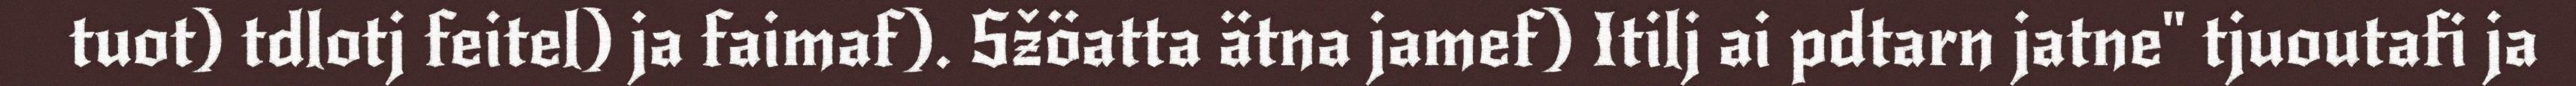
tuot) tdlotj feitel) ja faimaf). Sžöatta ätna jamef) Itilj ai pdtarn jatne" tjuoutafi ja